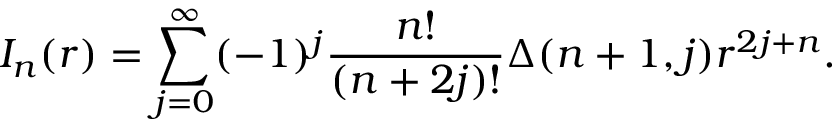
I _ { n } ( r ) = \sum _ { j = 0 } ^ { \infty } ( - 1 ) ^ { j } \frac { n ! } { ( n + 2 j ) ! } \Delta ( n + 1 , j ) r ^ { 2 j + n } .